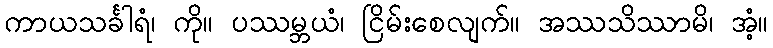
ကာယသင်္ခါရံ၊ ကို။ ပဿမ္ဘယံ၊ ငြိမ်းစေလျက်။ အဿသိဿာမိ၊ အံ့။